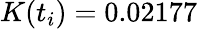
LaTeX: K(t_{i})=0.02177